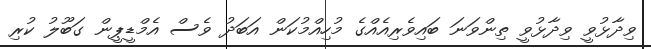
ވިދާޅުވީ ވިދާޅުވީ ތިންވަނަ ބައިވެރިއެއްގެ މުހިއްމުކަން އަބަދު ވެސް އެމްޑީޕީން ގަބޫލު ކުރި